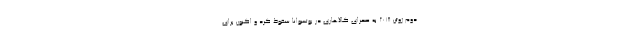
دوم ژوئن ۲۰۱۸ به صحرای کالاهاری در بوتسوانا سقوط کرد و اکنون برای